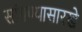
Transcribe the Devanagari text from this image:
सांगण्यासारखे